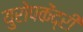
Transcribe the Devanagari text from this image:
युरोपकेंद्री